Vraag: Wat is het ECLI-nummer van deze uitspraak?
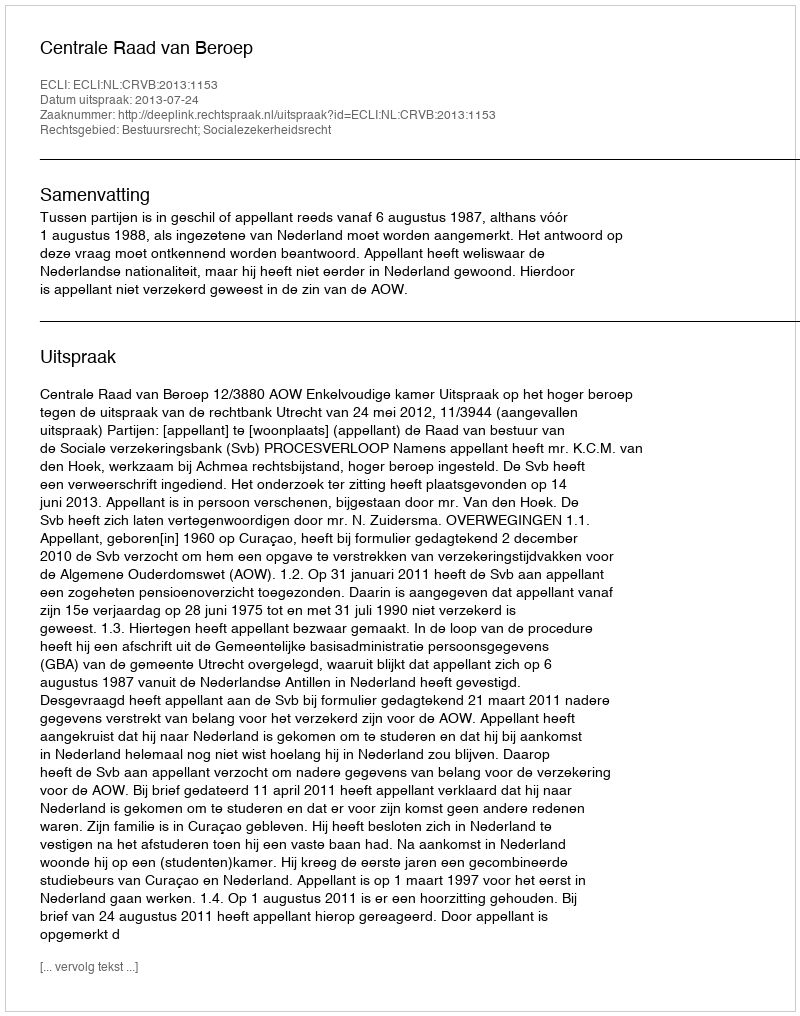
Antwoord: ECLI:NL:CRVB:2013:1153